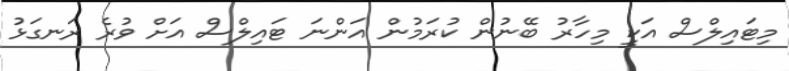
މިޓައިލްސް އަކީ މިހާރު ބޭނުން ކުރަމުން އަންނަ ޓައިލްސް އަށް ވުރެ ރަނގަޅު